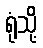
ရုံသို့